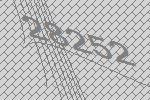
28252